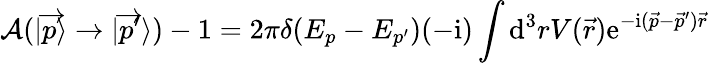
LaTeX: {\mathcal{A}}(|{\overrightarrow{p}}\rangle\to|{\overrightarrow{p}}^{\prime}\rangle)-1=2\pi\delta(E_{p}-E_{p^{\prime}})(-\mathrm{i})\int\mathrm{d}^{3}rV({\vec{r}})\mathrm{e}^{-\mathrm{i}({\vec{p}}-{\vec{p}}^{\prime}){\vec{r}}}